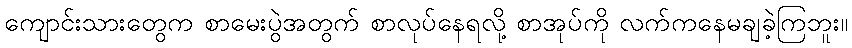
ကျောင်းသားတွေက စာမေးပွဲအတွက် စာလုပ်နေရလို့ စာအုပ်ကို လက်ကနေမချခဲ့ကြဘူး။